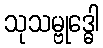
သုသမ္ဗုဒ္ဓေါ